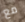
مع